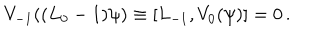
LaTeX: V _ { - 1 } ( ( L _ { 0 } - 1 ) \psi ) \equiv [ L _ { - 1 } , V _ { 0 } ( \psi ) ] = 0 \, .